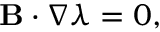
\begin{array} { r } { { \mathbf B } \cdot \nabla \lambda = 0 , } \end{array}